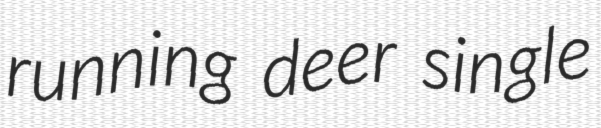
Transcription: running deer single